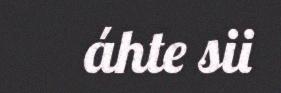
áhte sii